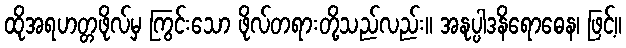
ထိုအရဟတ္တဖိုလ်မှ ကြွင်းသော ဖိုလ်တရားတို့သည်လည်း။ အနုပ္ပါဒနိရောဓေန၊ ဖြင့်။